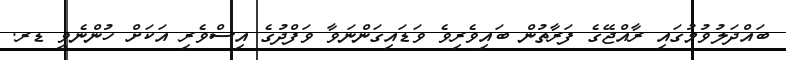
ބައްދަލުވުމުގައި ރާއްޖޭގެ ފަރާތުން ބައިވެރިވެ ވަޑައިގަންނަވާ ވަފްދުގެ އިސްވެރި އަކަށް ހުންނެވީ ޑރ.